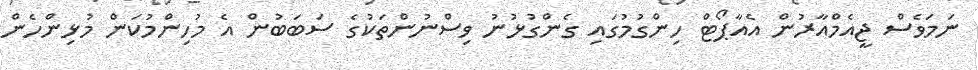
ނަމަވެސް ޖީއެމްއާރުން އެއާޕޯޓް ހިންގުމުގައި ގެންގުޅުނު ވިސްނުންތަކުގެ ސަބަބުން އެ މުހިންމުކަން މުޅިންހެން